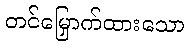
တင်မြှောက်ထားသော